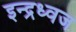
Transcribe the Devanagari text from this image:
इन्द्रध्वज